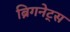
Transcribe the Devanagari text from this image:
ब्रिगनेट्स